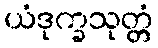
ယံဒုက္ခသုတ္တံ